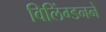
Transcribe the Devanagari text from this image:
विलिंग्डनने